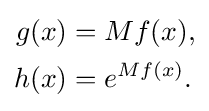
{\begin{aligned}g(x)&=Mf(x),\\h(x)&=e^{Mf(x)}.\end{aligned}}